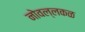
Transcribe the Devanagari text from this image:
नोवल्लकळ